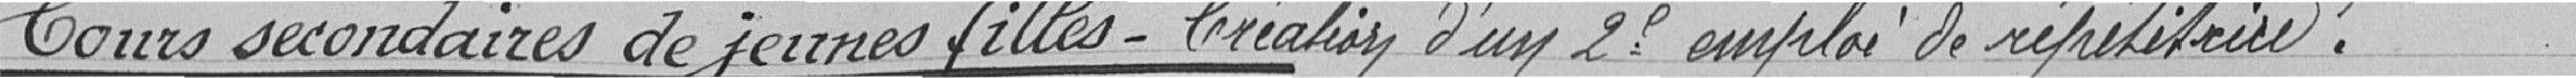
Cours secondaires de jeunes filles - Création d'un deuxième emploi de répétitrice.